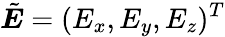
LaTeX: \tilde{\boldsymbol{E}}=(E_{x},E_{y},E_{z})^{T}